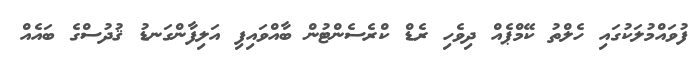
ފުވައްމުލަކުގައި ހެލްތު ކޭމްޕެއް ދިވެހި ރެޑް ކްރެސެންޓުން ބާއްވައިފި އަލިފާންގަނޑު ޤުދުސްގެ ބައެއް